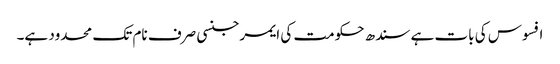
افسوس کی بات ہے سندھ حکومت کی ایمرجنسی صرف نام تک محدود ہے۔